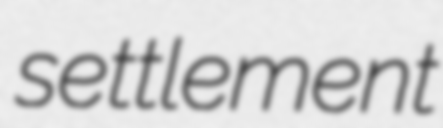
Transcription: settlement